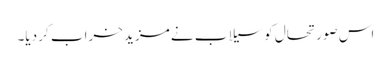
اس صورتحال کو سیلاب نے مزید خراب کر دیا۔